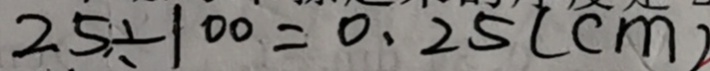
2 5 \div 1 0 0 = 0 . 2 5 ( c m )